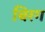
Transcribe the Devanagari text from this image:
बिरग